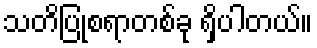
သတိပြုစရာတစ်ခု ရှိပါတယ်။